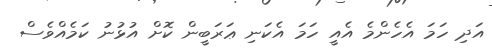
އަދި ހަމަ އެހެންމެ އެއީ ހަމަ އެކަނި ޢަރަބީން ކޮށް އުޅުނު ކަމެއްވެސް